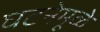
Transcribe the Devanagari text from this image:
घटनेमूळे